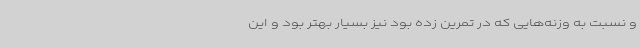
و نسبت به وزنه‌هایی که در تمرین زده بود نیز بسیار بهتر بود و این